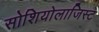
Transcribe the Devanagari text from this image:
सोशियोलाजिस्ट